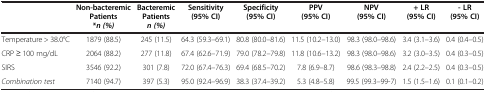
<table><thead><tr><td><b> </b></td><td><b>Non-bacteremic Patients *<i>n (%)</i></b></td><td><b>Bacteremic Patients <i>n (%)</i></b></td><td><b>Sensitivity (95% CI)</b></td><td><b>Specificity (95% CI)</b></td><td><b>PPV (95% CI)</b></td><td><b>NPV (95% CI)</b></td><td><b>+ LR (95% CI)</b></td><td><b>- LR (95% CI)</b></td></tr></thead><tbody><tr><td>Temperature &gt; 38.0°C</td><td>1879 (88.5)</td><td>245 (11.5)</td><td>64.3 (59.3–69.1)</td><td>80.8 (80.0–81.6)</td><td>11.5 (10.2–13.0)</td><td>98.3 (98.0–98.6)</td><td>3.4 (3.1–3.6)</td><td>0.4 (0.4–0.5)</td></tr><tr><td>CRP ≥ 100 mg/dL</td><td>2064 (88.2)</td><td>277 (11.8)</td><td>67.4 (62.6–71.9)</td><td>79.0 (78.2–79.8)</td><td>11.8 (10.6–13.2)</td><td>98.3 (98.0–98.6)</td><td>3.2 (3.0–3.5)</td><td>0.4 (0.3–0.5)</td></tr><tr><td>SIRS</td><td>3546 (92.2)</td><td>301 (7.8)</td><td>72.0 (67.4–76.3)</td><td>69.4 (68.5–70.2)</td><td>7.8 (6.9–8.7)</td><td>98.6 (98.3–98.8)</td><td>2.4 (2.2–2.5)</td><td>0.4 (0.3–0.5)</td></tr><tr><td><i>Combination test</i></td><td>7140 (94.7)</td><td>397 (5.3)</td><td>95.0 (92.4–96.9)</td><td>38.3 (37.4–39.2)</td><td>5.3 (4.8–5.8)</td><td>99.5 (99.3–99-7)</td><td>1.5 (1.5–1.6)</td><td>0.1 (0.1–0.2)</td></tr></tbody></table>